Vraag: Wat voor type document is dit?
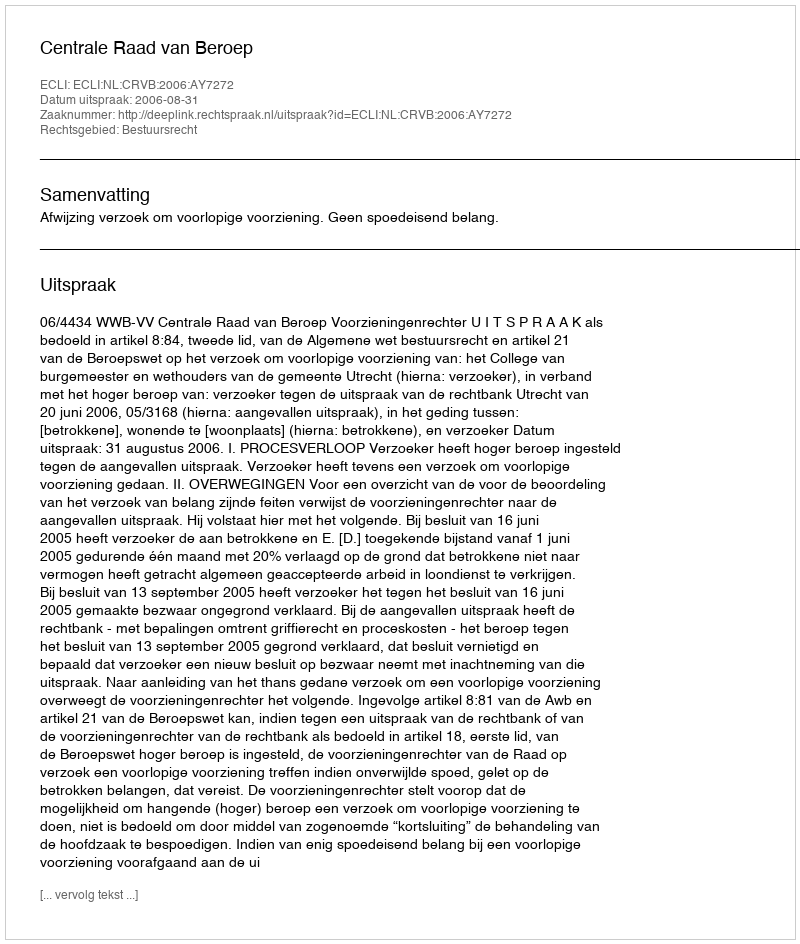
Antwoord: Uitspraak